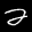
Label: 2